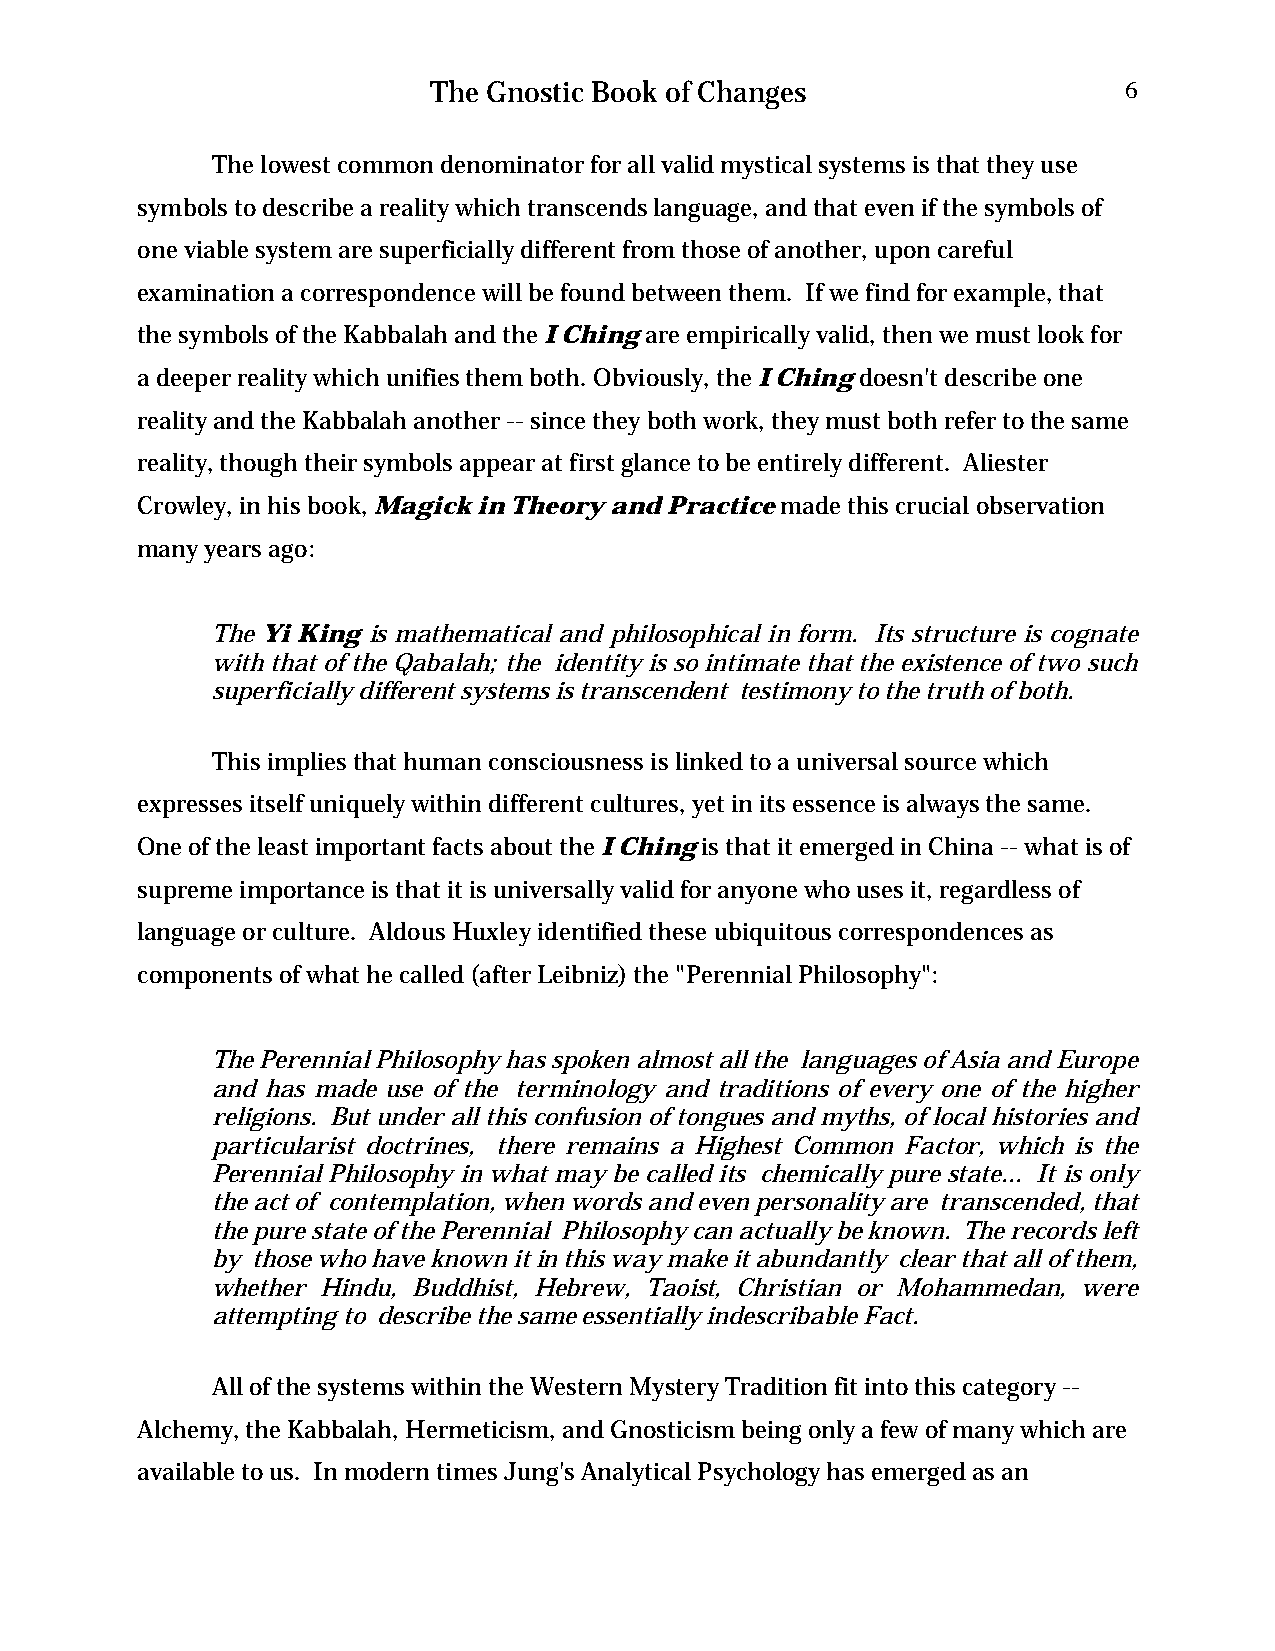
The Gnostic Book of Changes                  6
 The lowest common denominator for all valid mystical systems is that they use
 symbols to describe a reality which transcends language, and that even if the symbols of
 one viable system are superficially different from those of another, upon careful
 examination a correspondence will be found between them. If we find for example, that
 the symbols of the Kabbalah and the I Ching are empirically valid, then we must look for
 a deeper reality which unifies them both. Obviously, the I Ching doesn't describe one
 reality and the Kabbalah another -- since they both work, they must both refer to the same
 reality, though their symbols appear at first glance to be entirely different. Aliester
 Crowley, in his book, Magick in Theory and Practice made this crucial observation
 many years ago:
 The Yi King is mathematical and philosophical in form. Its structure is cognate
 with that of the Qabalah; the identity is so intimate that the existence of two such
 superficially different systems is transcendent testimony to the truth of both.
 This implies that human consciousness is linked to a universal source which
 expresses itself uniquely within different cultures, yet in its essence is always the same.
 One of the least important facts about the I Ching is that it emerged in China -- what is of
 supreme importance is that it is universally valid for anyone who uses it, regardless of
 language or culture. Aldous Huxley identified these ubiquitous correspondences as
 components of what he called (after Leibniz) the "Perennial Philosophy":
 The Perennial Philosophy has spoken almost all the languages of Asia and Europe
 and has made use of the terminology and traditions of every one of the higher
 religions. But under all this confusion of tongues and myths, of local histories and
 particularist doctrines, there remains a Highest Common Factor, which is the
 Perennial Philosophy in what may be called its chemically pure state... It is only
 the act of contemplation, when words and even personality are transcended, that
 the pure state of the Perennial Philosophy can actually be known. The records left
 by those who have known it in this way make it abundantly clear that all of them,
 whether Hindu, Buddhist, Hebrew, Taoist, Christian or Mohammedan, were
 attempting to describe the same essentially indescribable Fact.
 All of the systems within the Western Mystery Tradition fit into this category --
 Alchemy, the Kabbalah, Hermeticism, and Gnosticism being only a few of many which are
 available to us. In modern times Jung's Analytical Psychology has emerged as an